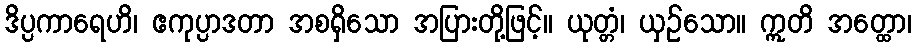
ဒိပ္ပကာရေဟိ၊ ဧကုပ္ပာဒတာ အစရှိသော အပြားတို့ဖြင့်။ ယုတ္တံ၊ ယှဉ်သော။ ဣတိ အတ္ထော၊